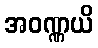
အဝဏ္ဏယိ